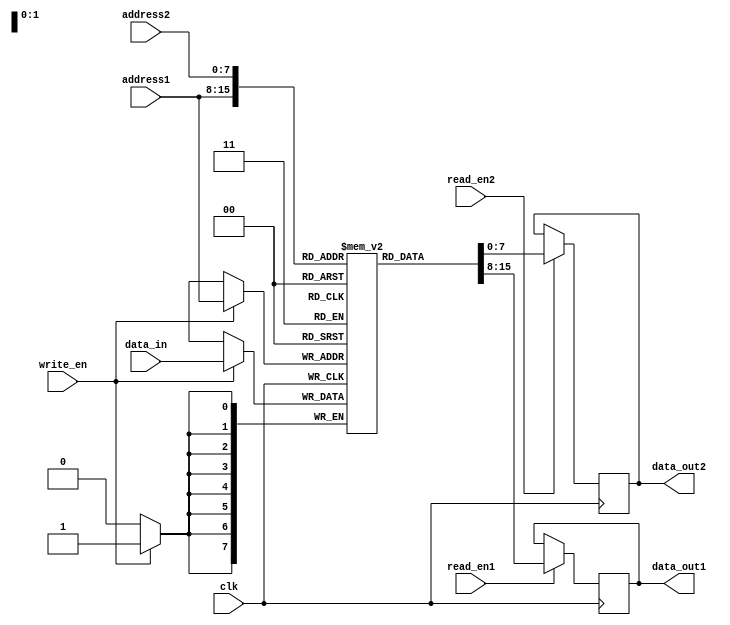
module dual_port_ram (
  input wire clk, // Clock signal
  input wire [7:0] address1, // Address for port 1
  input wire [7:0] address2, // Address for port 2
  input wire [7:0] data_in, // Data input
  input wire write_en, // Write enable signal
  input wire read_en1, // Read enable signal for port 1
  input wire read_en2, // Read enable signal for port 2
  output reg [7:0] data_out1, // Data output for port 1
  output reg [7:0] data_out2 // Data output for port 2
);

reg [7:0] mem [0:255]; // Memory array

always @(posedge clk) begin
  if(write_en) begin
    mem[address1] <= data_in; // Write data to memory address specified by port 1
  end
  
  if(read_en1) begin
    data_out1 <= mem[address1]; // Read data from memory address specified by port 1
  end
  
  if(read_en2) begin
    data_out2 <= mem[address2]; // Read data from memory address specified by port 2
  end
end

endmodule